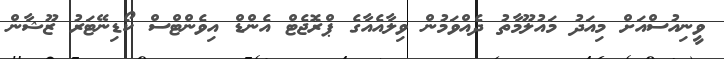
ވީނިއުސްއަށް މިއަދު މައުލޫމާތު ދެއްވަމުން ވިލާއެއާގެ ޕްރޮޖެޓް އެންޑް އިވެންޓްސް ކޯޑިނޭޓަރު ޒޫޝާން